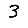
Digit: 3